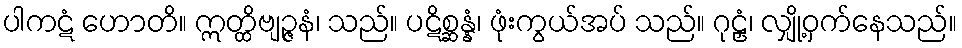
ပါကဋံ ဟောတိ။ ဣတ္ထိဗျဉ္ဇနံ၊ သည်။ ပဋိစ္ဆန္နံ၊ ဖုံးကွယ်အပ် သည်။ ဂုဠှံ၊ လျှို့ဝှက်နေသည်။